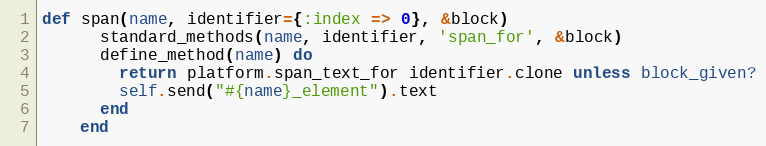
Language: Ruby
def span(name, identifier={:index => 0}, &block)
      standard_methods(name, identifier, 'span_for', &block)
      define_method(name) do
        return platform.span_text_for identifier.clone unless block_given?
        self.send("#{name}_element").text
      end
    end